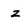
Character: z